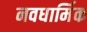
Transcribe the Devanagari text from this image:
नवधार्मिक